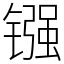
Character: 镪